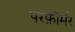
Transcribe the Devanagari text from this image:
परफ़ॉर्मर